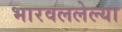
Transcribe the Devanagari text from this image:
भारवललेल्या